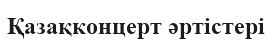
Қазақконцерт әртістері